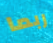
ربما